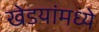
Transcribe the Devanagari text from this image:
खेडयांमध्ये